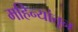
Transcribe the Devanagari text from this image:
महिन्‍यांतून